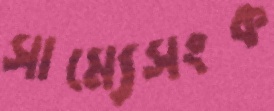
সাম্যেসংক